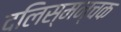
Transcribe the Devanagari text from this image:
दलिस्मन्चक